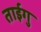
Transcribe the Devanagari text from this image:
ताईगु